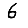
Digit: 6